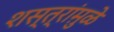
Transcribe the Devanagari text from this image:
शस्त्रांमु़ळे